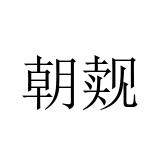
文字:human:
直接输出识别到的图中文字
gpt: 朝觌